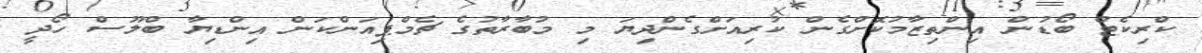
ކްރިކެޓް ބޯޑުން އިންތިޒާމުކޮށްގެން ކުރިއަށްގެންދިޔަ މި މުބާރާތުގެ ޗެމްޕިއަންކަން އިންޑިޔާ ބްލޫސް ހޯދީ